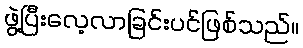
ဖွဲ့ပြီးလေ့လာခြင်းပင်ဖြစ်သည်။